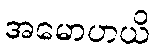
အမောဟယိ